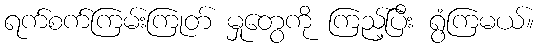
ရက်စက်ကြမ်းကြုတ် မှုတွေကို ကြည့်ပြီး ရွံကြမယ်။